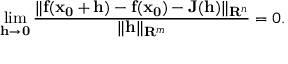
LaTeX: \operatorname* { l i m } _ { \mathbf { h } \to \mathbf { 0 } } { \frac { \| \mathbf { f } ( \mathbf { x _ { 0 } } + \mathbf { h } ) - \mathbf { f } ( \mathbf { x _ { 0 } } ) - \mathbf { J } \mathbf { ( h ) } \| _ { \mathbf { R } ^ { n } } } { \| \mathbf { h } \| _ { \mathbf { R } ^ { m } } } } = 0 .